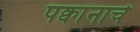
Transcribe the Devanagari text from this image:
पक्वांनाचे